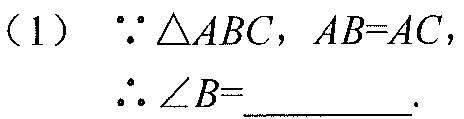
（1）\(\because\triangle ABC\)，\(AB = AC\)，
\(\therefore\angle B=\underline{\quad\quad}\).